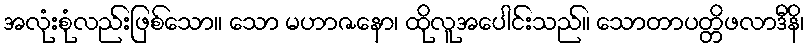
အလုံးစုံလည်းဖြစ်သော။ သော မဟာဇနော၊ ထိုလူအပေါင်းသည်။ သောတာပတ္တိဖလာဒီနိ၊